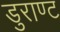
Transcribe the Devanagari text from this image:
डुराण्ट